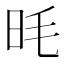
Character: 𪰌